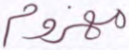
مهزوم